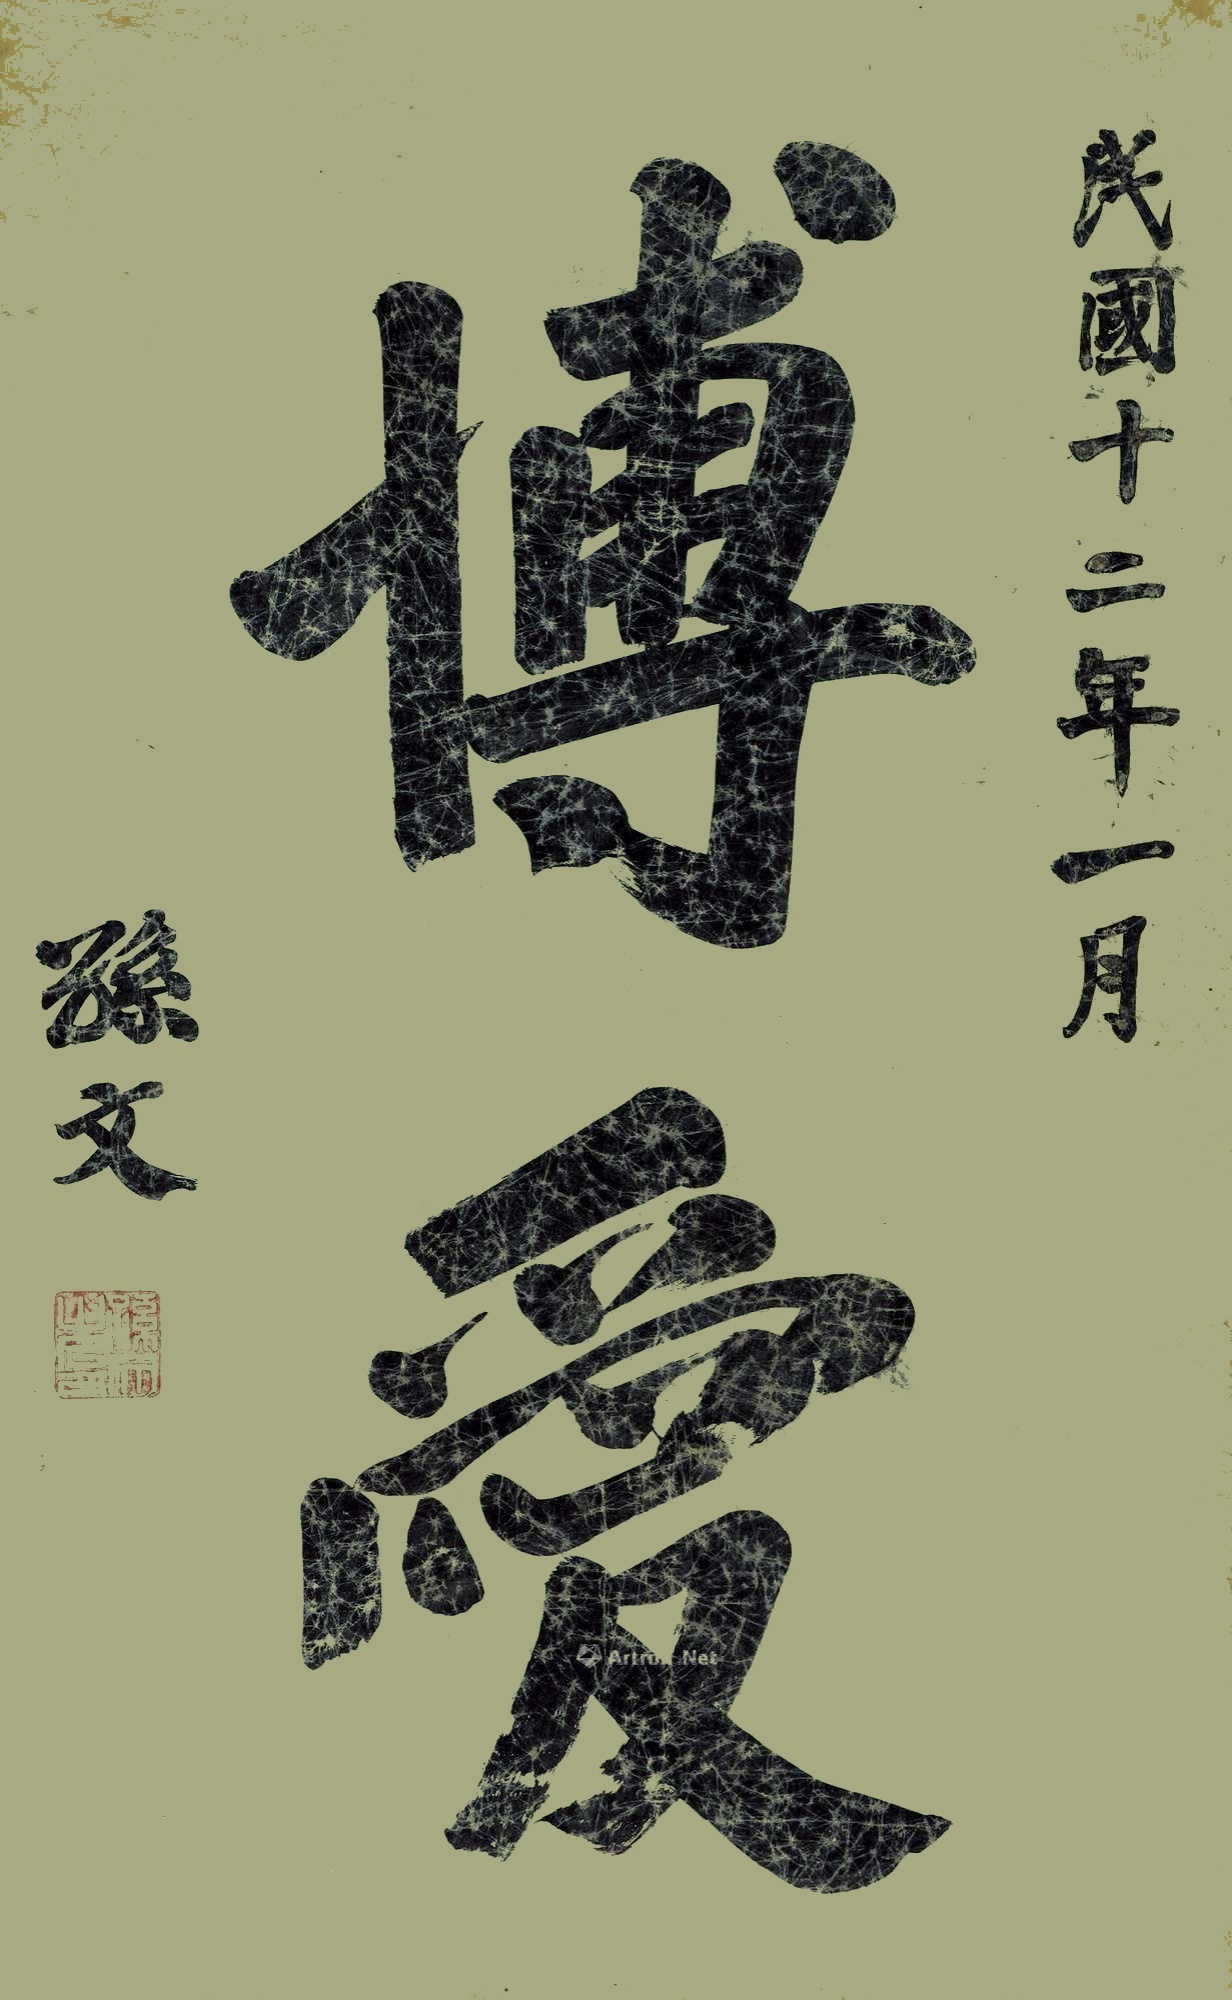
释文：博爱民国十二年一月，孙文。